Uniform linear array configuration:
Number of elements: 8
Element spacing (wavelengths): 1
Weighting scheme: exponential
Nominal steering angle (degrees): -60
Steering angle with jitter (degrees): -60.933
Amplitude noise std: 0.05
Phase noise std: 0.05

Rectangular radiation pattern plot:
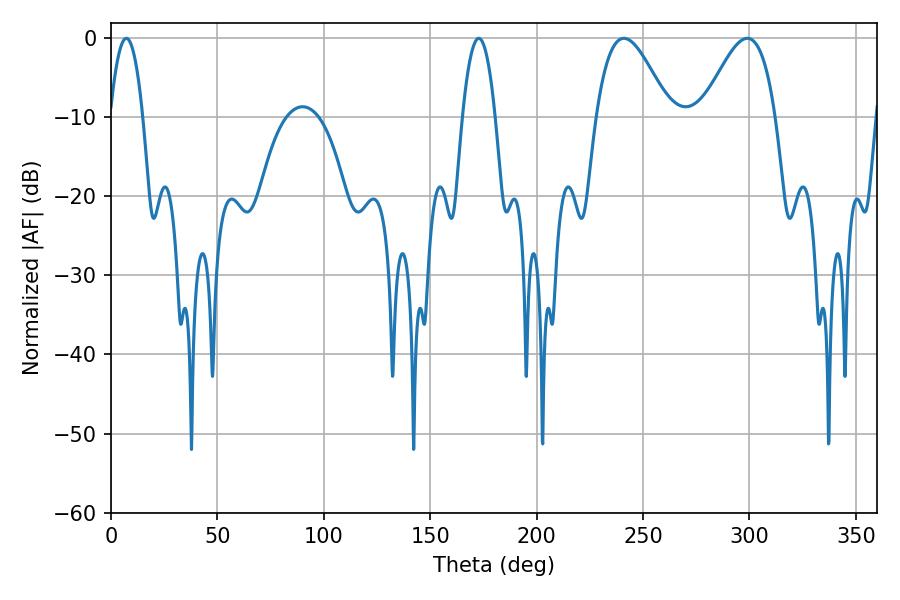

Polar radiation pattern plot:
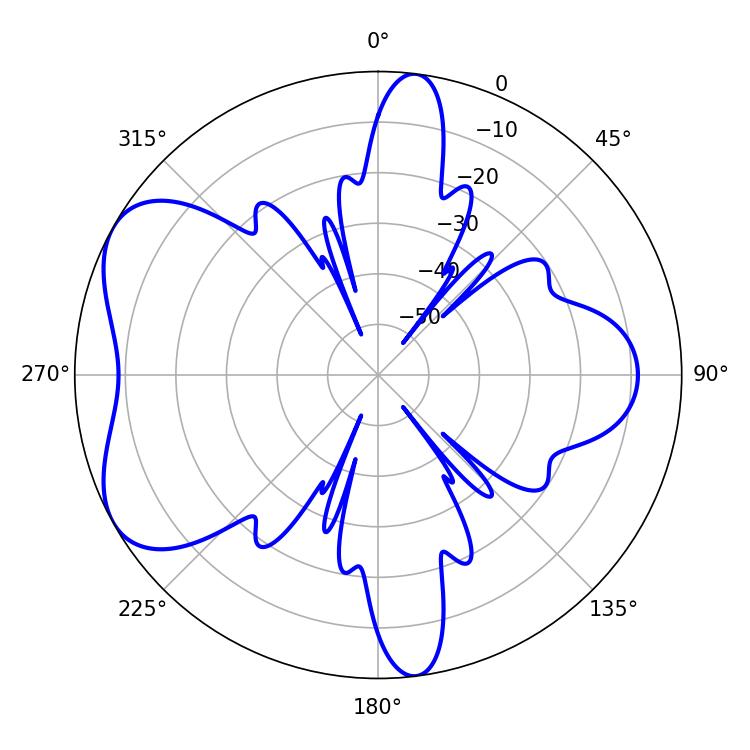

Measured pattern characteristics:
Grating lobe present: TRUE
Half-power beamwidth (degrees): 8.64
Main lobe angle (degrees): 7.2